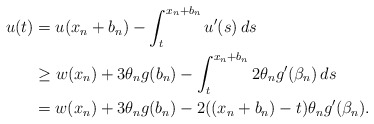
\begin{align*}u(t) & = u(x_n + b_n) - \int_t^{x_n + b_n} u'(s) \, ds \\& \geq w(x_n) + 3 \theta_n g (b_n) - \int_t^{x_n + b_n} 2\theta_n g' (\beta_n)\, ds\\& = w(x_n) + 3\theta_n g (b_n) - 2((x_n + b_n) - t)\theta_n g'(\beta_n).\end{align*}